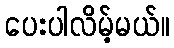
ပေးပါလိမ့်မယ်။